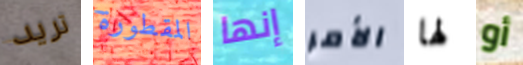
تريد المقطورة إنها الأمر لها أو